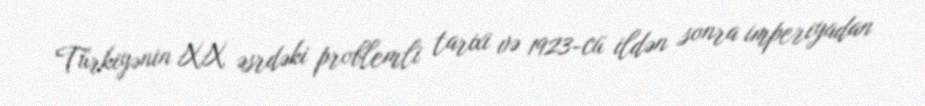
Türkiyənin XX əsrdəki problemli tarixi və 1923-cü ildən sonra imperiyadan